Report on lock hospitals in British Burma
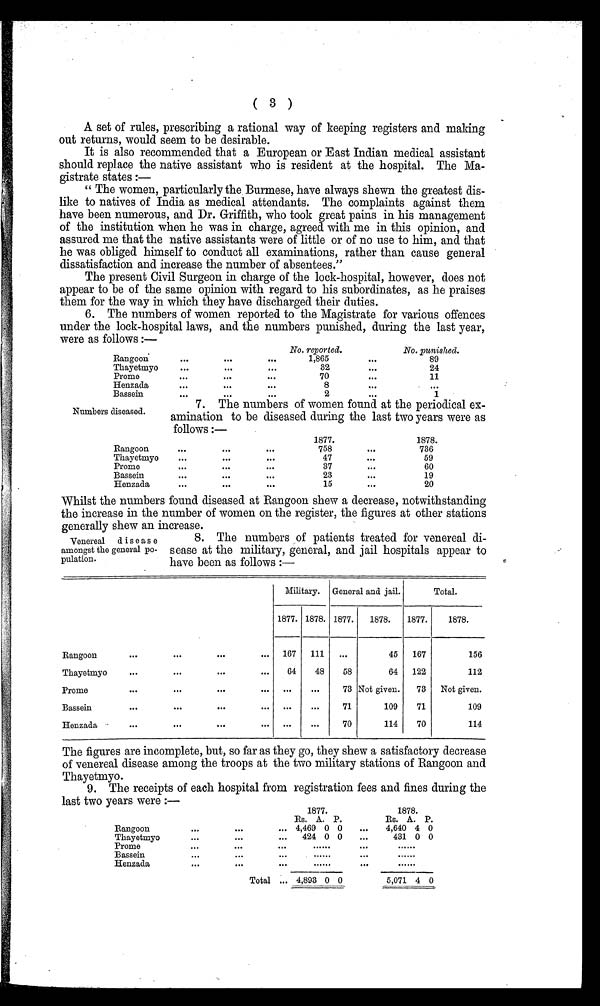
( 3 )
A set of rules, prescribing a rational way of keeping registers and making
out returns, would seem to be desirable.
It is also recommended that a European or East Indian medical assistant
should replace the native assistant who is resident at the hospital. The Ma-
gistrate states :—
“ The women, particularly the Burmese, have always shewn the greatest dis-
like to natives of India as medical attendants. The complaints against them
have been numerous, and Dr. Griffith, who took great pains in his management
of the institution when he was in charge, agreed with me in this opinion, and
assured me that the native assistants were of little or of no use to him, and that
he was obliged himself to conduct all examinations, rather than cause general
dissatisfaction and increase the number of absentees.”
The present Civil Surgeon in charge of the lock-hospital, however, does not
appear to be of the same opinion with regard to his subordinates, as he praises
them for the way in which they have discharged their duties.
6. The numbers of women reported to the Magistrate for various offences
under the lock-hospital laws, and the numbers punished, during the last year,
were as follows :—
No. reported.
No. punished
Rangoon
. . .
. . .
. . .
1,865
. . .
89
Thayetmyo
...
. . .
...
32
. . .
24
Prome
. . .
. . .
. . .
70
. . .
11
Henzada
. . . ...
...
8
. . .
. . .
Bassein
. . .
. . .
. . .
2
. . .
1
Numbers diseased.
7. The numbers of women found at the periodical ex-
amination to be diseased during the last two years were as
follows :—
1 8 7 7 .
1 8 7 8 .
Rangoon
...
. . .
. . .
758
. . .
736
Thayetmyo
...
. . .
. . .
47
. . .
59
Prome
. . .
. . .
. . .
37
. . .
60
Bassein
. . .
...
...
23
...
19
Henzada
. . .
. . .
. . .
15
...
20
Whilst the numbers found diseased at Rangoon shew a decrease, notwithstanding
the increase in the number of women on the register, the figures at other stations
generally
shew an increase.
Venereal disease
amongst the general po-
pulation.
8. The numbers of patients treated for venereal di-
sease at the military, general, and jail hospitals appear to
have been as follows :—
Military.
General and jail.
Total.
1877. 1878. 1877.
1878.
1877.
1878.
Rangoon
. . .
. . .
. . .
...
167
111
...
45
167
156
Thayetmyo
...
. . .
. . .
...
64
48
58
64
122
112
Prome
. . .
. . .
. . .
...
...
...
73 Not given.
73
Not given.
Bassein
. . .
. . .
. . .
. . .
. . .
. . .
7 1
109
71
109
Henzada
...
. . .
. . .
. . .
. . .
. . .
7 0
114
70
114
The figures are incomplete, but, so far as they go, they shew a satisfactory decrease
of venereal disease among the troops at the two military stations of Rangoon and
Thayetmyo.
9. The receipts of each hospital from registration fees and fines during the
last two years were :—
1877.
1878.
Rs. A. P.
Rs. A. P.
Rangoon
...
. . .
... 4,469 0 0
...
4,640 4 0
Thayetmyo
. . .
. . .
...
424 0 0
...
431 0 0
Prome
. . .
...
. . .
......
. . .
......
Bassein
. . .
. . .
...
......
...
......
Henzada
...
...
. . .
......
...
......
Total ... 4,893 0 0
5,071 4 0